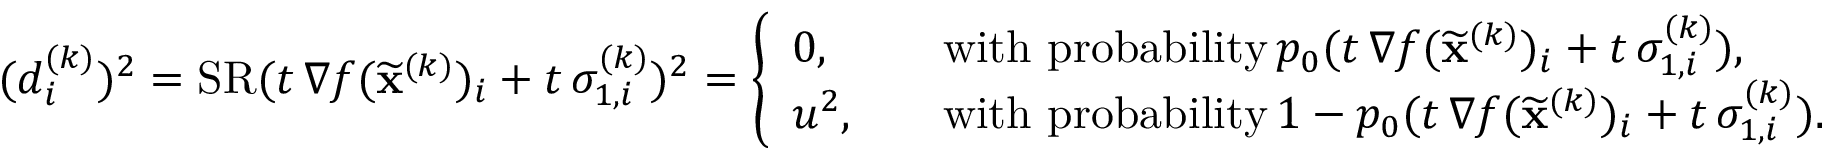
\begin{array} { r } { ( d _ { i } ^ { ( k ) } ) ^ { 2 } = \mathrm { S R } ( t \, \nabla f ( \widetilde \mathbf { x } ^ { ( k ) } ) _ { i } + t \, \sigma _ { 1 , i } ^ { ( k ) } ) ^ { 2 } = \left\{ \begin{array} { l l } { 0 , \quad } & { \mathrm { w i t h ~ p r o b a b i l i t y } \, p _ { 0 } ( t \, \nabla f ( \widetilde \mathbf { x } ^ { ( k ) } ) _ { i } + t \, \sigma _ { 1 , i } ^ { ( k ) } ) , } \\ { u ^ { 2 } , \quad } & { \mathrm { w i t h ~ p r o b a b i l i t y } \, 1 - p _ { 0 } ( t \, \nabla f ( \widetilde \mathbf { x } ^ { ( k ) } ) _ { i } + t \, \sigma _ { 1 , i } ^ { ( k ) } ) . } \end{array} \right. } \end{array}